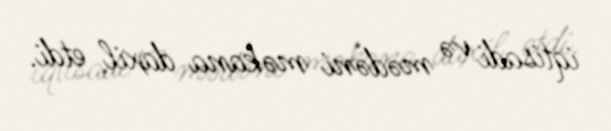
iqtisadi və mədəni məkana daxil etdi.